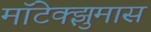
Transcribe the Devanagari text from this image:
मॉटेक्झुमास